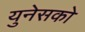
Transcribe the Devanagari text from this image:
युनेसको